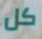
كل